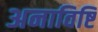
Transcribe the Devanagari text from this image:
अनाविष्टि